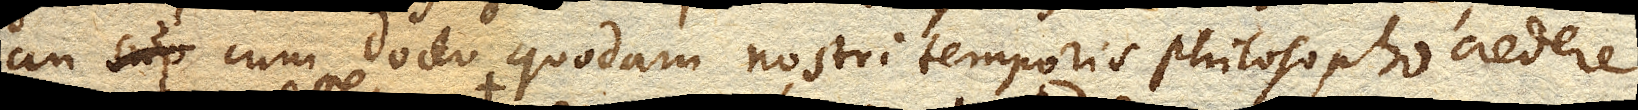
an cum docto quodam nostri temporis philosopho